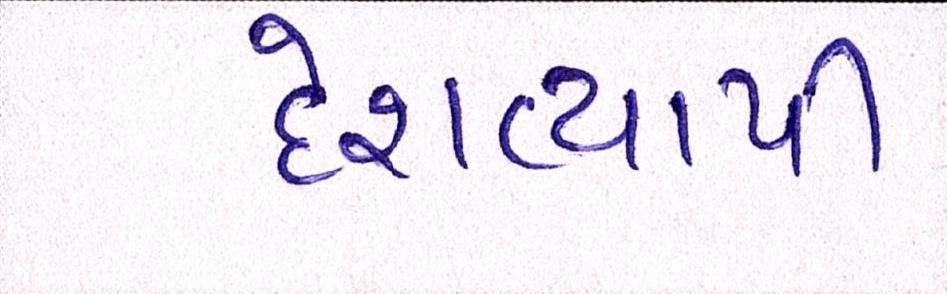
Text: દેશવ્યાપી